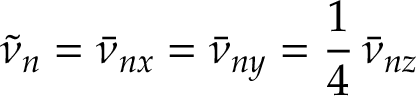
\tilde { \nu } _ { n } = \bar { \nu } _ { n x } = \bar { \nu } _ { n y } = \frac { 1 } { 4 } \, \bar { \nu } _ { n z }